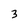
Character: 3